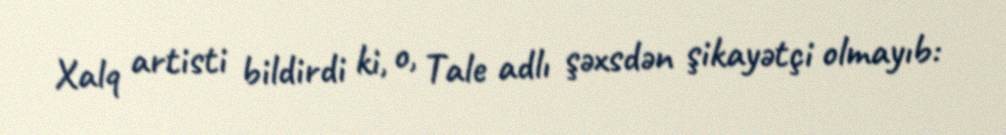
Xalq artisti bildirdi ki, o, Tale adlı şəxsdən şikayətçi olmayıb: